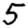
Digit: 5